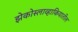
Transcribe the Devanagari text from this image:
झेकोस्लाव्हाकियातील